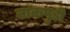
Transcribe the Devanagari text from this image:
नाकपुडी